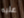
عليه